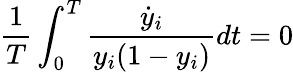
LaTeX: \frac{1}{T}\int_{0}^{T}\frac{\dot{y}_{i}}{y_{i}(1-y_{i})}dt=0